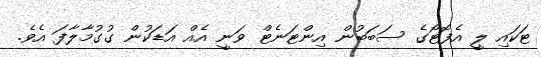
ޓަކައި ލީ އެފޮޓޯގެ ސަބަބުން އިންޓަނެޓް ވަނީ އެއް އަޑަކުން ގުގުމާލާފަ އެވެ.